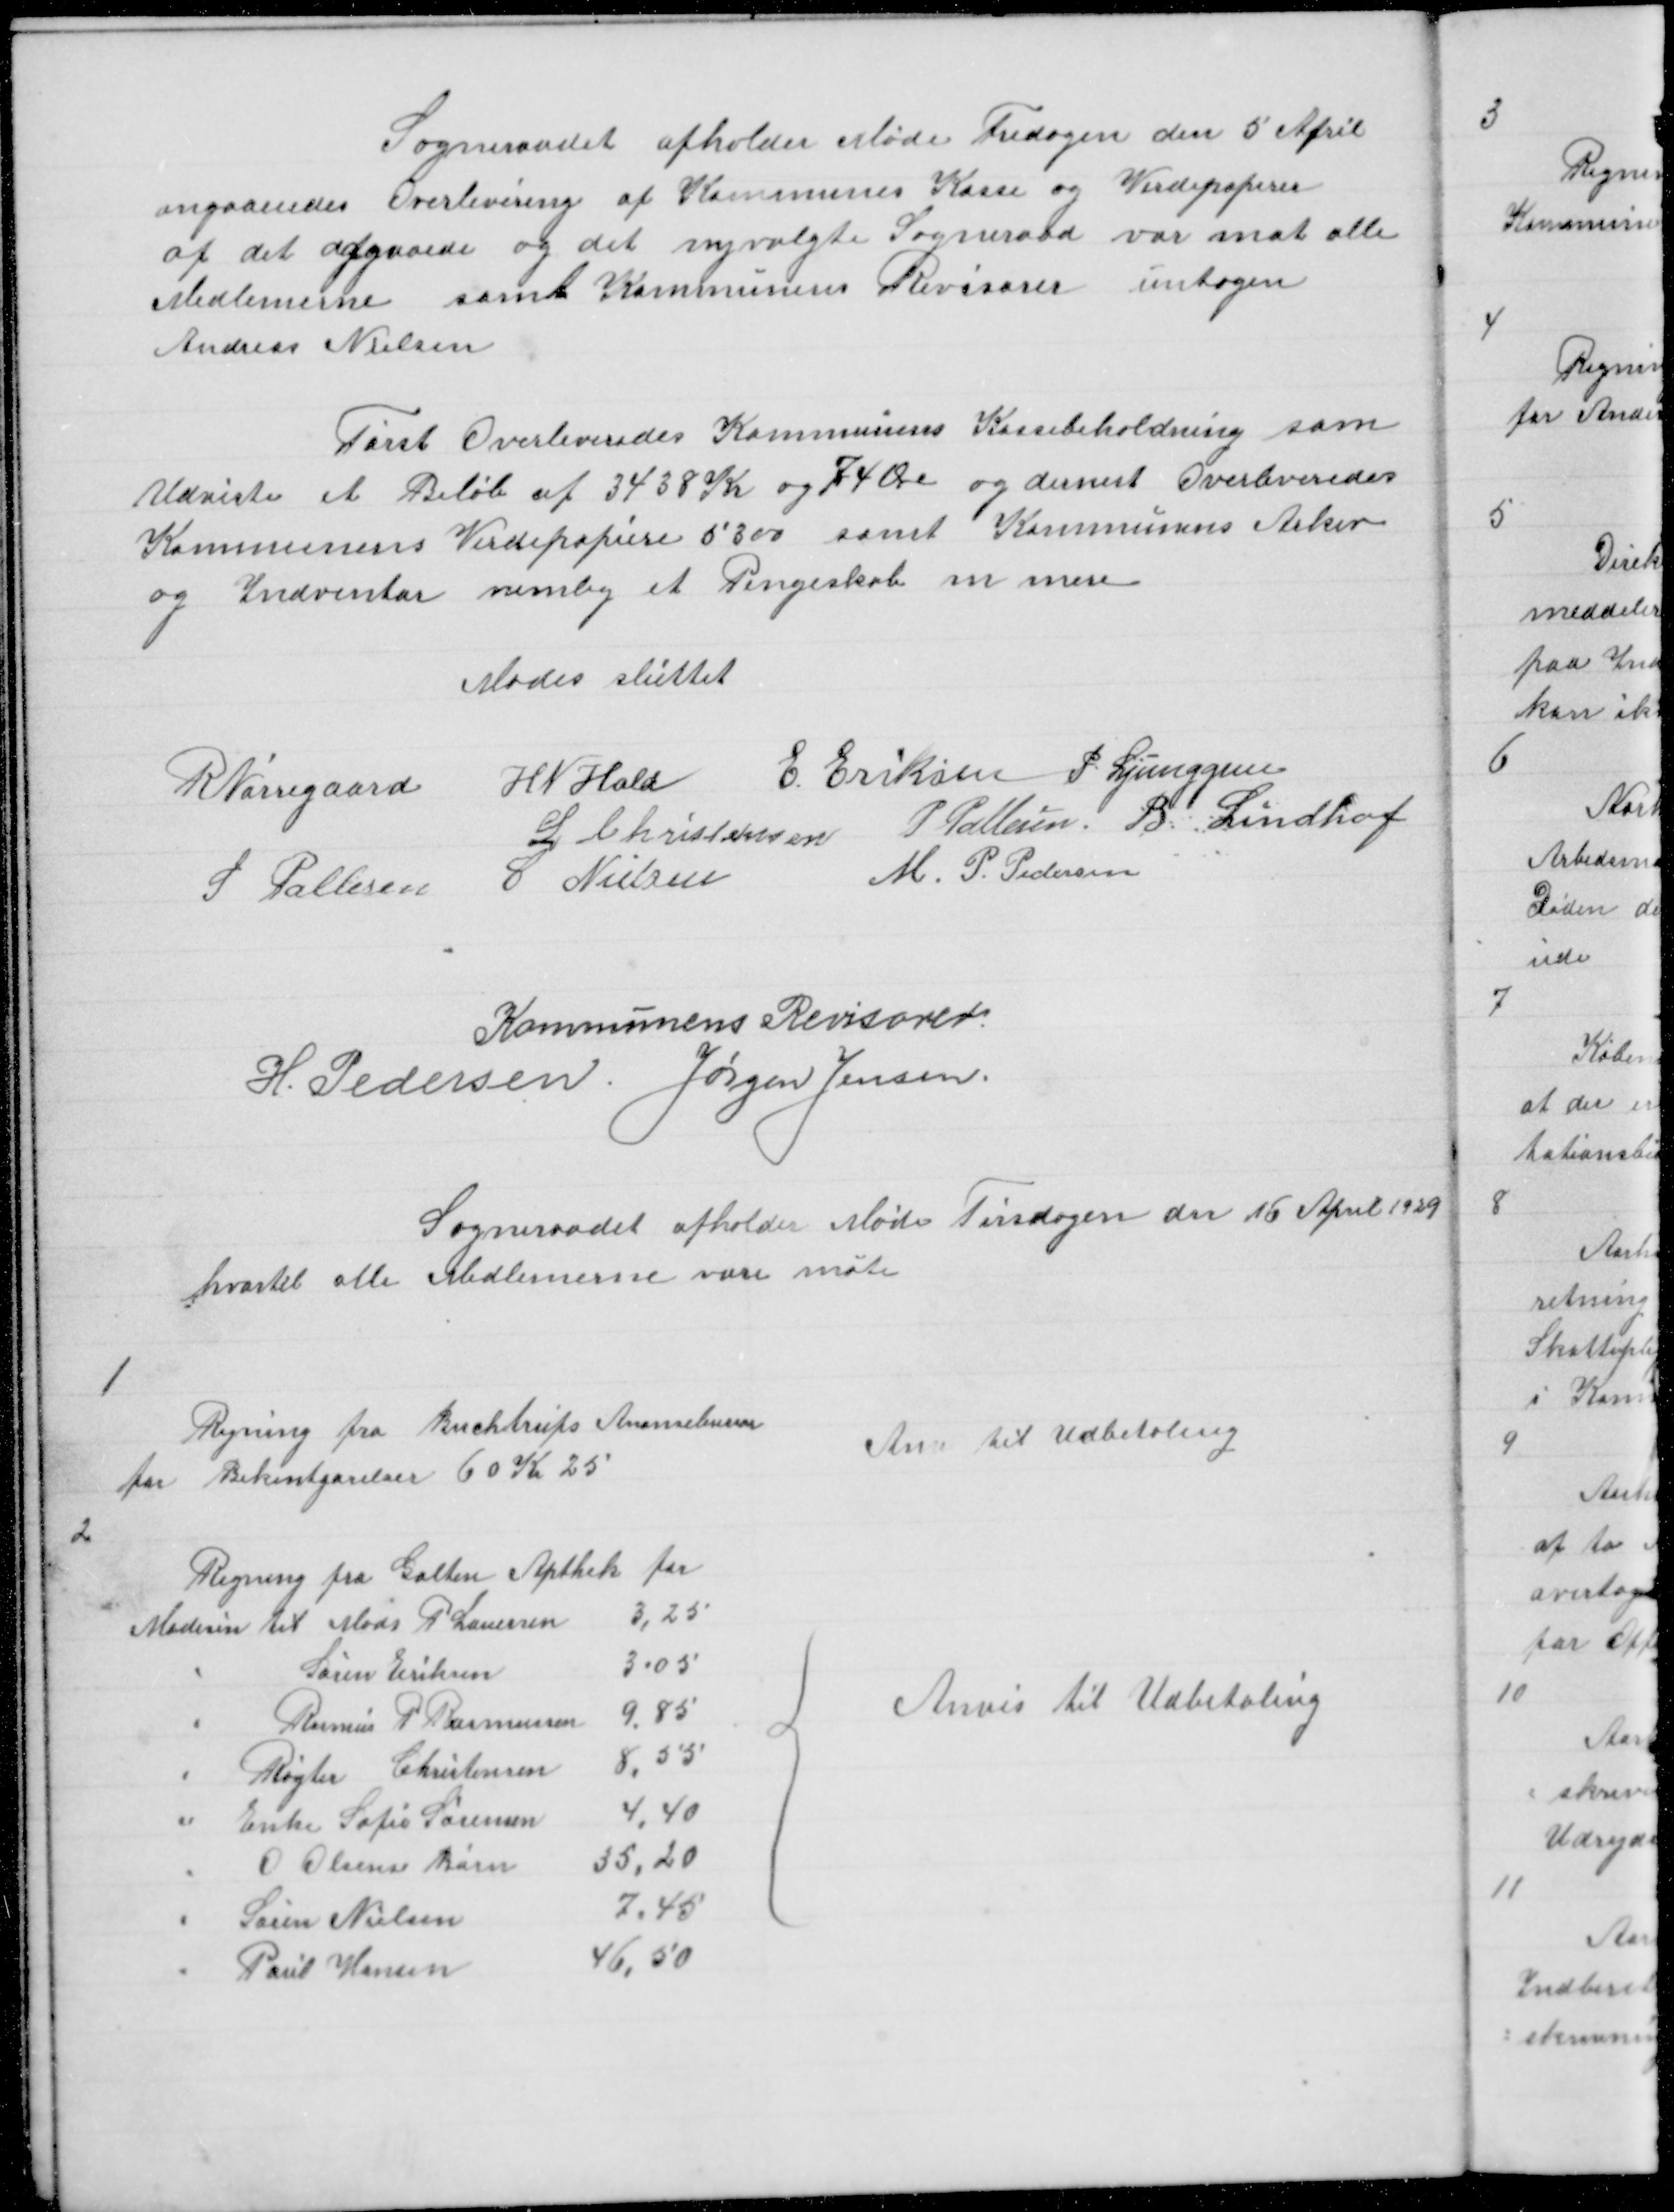
Transskription:
Sogneraadet afholder Møde Fredagen den 5 April
angaaendes Overlevering af Kommunens Kasse og Verdipapirer
af det afgaaede og det nyvalgte Sogneraad var møt alle
Medlemerne samt Kommunens Revisorer untagen
Andreas Nielsen

Først Overleveredes Kommunens Kassebeholdning som
Udviste et Beløb af 3438 Kr 74 Øre og dernest Overleveredes
Kommunens Verdipapiere samt kommunens Arkiv
og Indventar nemlig et Pengeskab m mere

Mødes sluttet

R Nørregaard
H N Hald E Eriksen P. Ljunggren
L Christensen P Pallesen B. Lindhof
S Pallesen C Nielsen
M P Pedersen

Kommunens Revisorer
H. Pedersen Jørgen Jensen

Sogneraadet afholder Møde Tirsdagen den 16 April 1929
hvortil alle Medlemerne vare møte

1

Regning fra Buchtrups Anonsebureau
for Bekentgørelser 60 K 25

Anv til Udbetaling

2

{

Anvis til Udbetaling